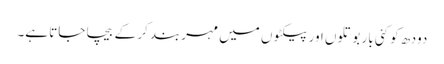
دودھ کو کئی بار بوتلوں اور پیکٹوں میں مہربند کر کے بیچا جاتا ہے۔